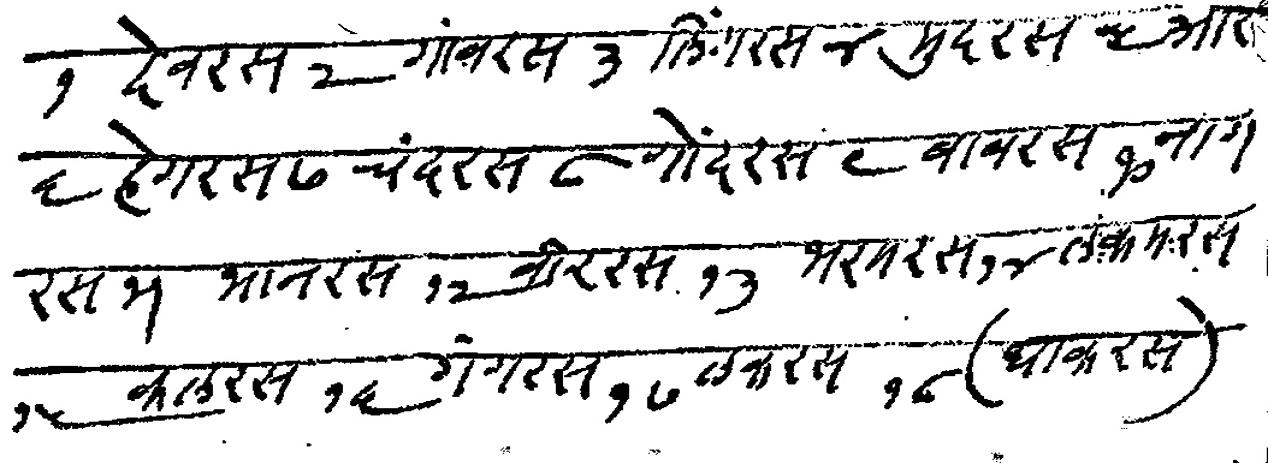
Transliteration (Devanagari): १ देवरस २ गावरस ३ लिंगरस ४ मुदरस ५ आरस ६ हेगरस ७ चंदरस ८ गोंदरस ९ बावरस १० नाग रस ११ भानरस १२ बीररस १३ भरमरस १४ लकमरस १५ कलरस १६ गंगरस १७ लकरस १८ घाकरस